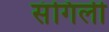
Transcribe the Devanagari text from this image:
संगिली